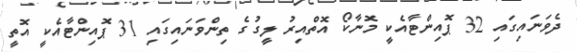
ދެވަނައިގައި 32 ޕޮއިންޓާއެކީ މޮނާކޯ އޮތްއިރު ލީގުގެ ތިންވަނައިގައި 31 ޕޮއިންޓާއެކީ އޮތީ